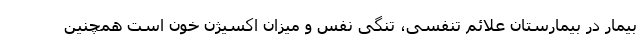
بیمار در بیمارستان علائم تنفسی، تنگی نفس و میزان اکسیژن خون است همچنین